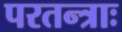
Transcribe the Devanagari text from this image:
परतन्त्राः